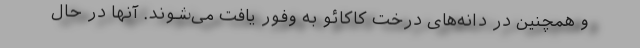
و همچنین در دانه‌های درخت کاکائو به وفور یافت می‌شوند. آنها در حال